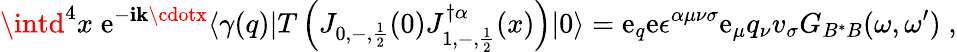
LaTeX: \intd^{4}x\; \mathrm{e}^{-\mathbf{i}\mathbf{k}\cdotx}\langle\gamma(q)|T\left(J_{0,-,\frac{{1}}{{2}}}(0)J_{1,-,\frac{{1}}{{2}}}^{\dagger\alpha}(x)\right)|0\rangle=\mathrm{e}_{q}\mathrm{e}\epsilon^{\alpha\mu\nu\sigma}\mathrm{e}_{\mu}q_{\nu}v_{\sigma}G_{B^{*}B}(\omega,\omega^{\prime})\; ,